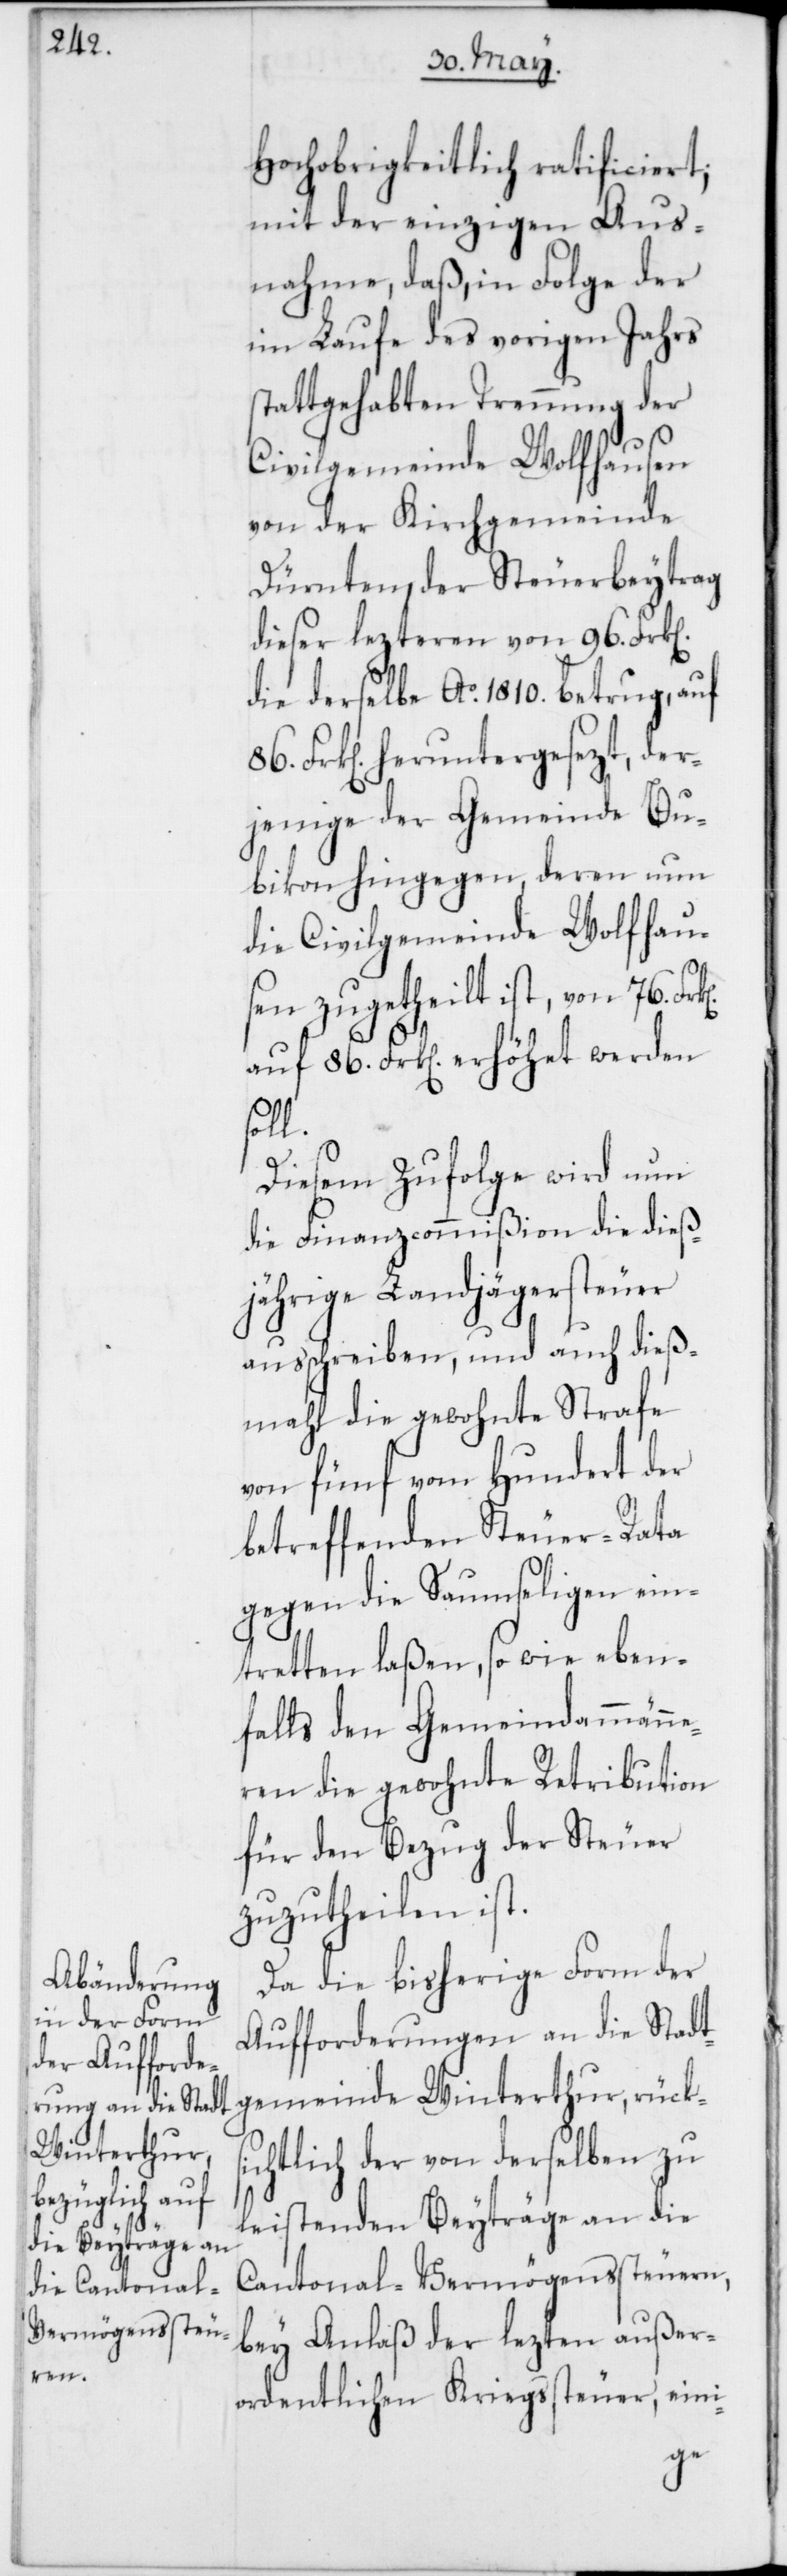
k[en].

Hochobrigkeitlich ratificiert,
mit der einzigen Aus¬
nahme, daß, in Folge der
im Laufe des vorigen Jahrs
stattgehabten Trennung der
Civilgemeinde Wolfhausen
von der Kirchgemeinde
Dürnten, der Steuerbeytrag
dieser lezteren von 96. Frk[e¬
die derselbe Ao. 1810. betrug, auf
Frk[en]. heruntergesezt, der¬
jenige der Gemeinde Bu¬
bikon hingegen, deren nun
die Civilgemeinde Wolfhau¬
sen zugetheilt ist, von 76. Fr¬
auf 86. Frk[en]. erhöhet werden
soll.
Diesem Zufolge wird nun
die Finanzcommißion die dieß¬
jährige Landjägersteuer
ausschreiben, und auch dieß¬
mahl die gewohnte Strafe
von fünf vom Hundert der
betreffenden Steuer-Rata
gegen die Saumseligen ein¬
tretten laßen, so wie eben¬
falls den Gemeindammann¬
eren die gewohnte Retribution
für den Bezug der Steuer
zuzutheilen ist.
Da die bisherige Form der
Aufforderungen an die Stadt¬
gemeinde Winterthur, rücks¬
ichtlich der von derselben zu
leistenden Beyträge an die
Cantonal-Vermögenssteuern,
bey Anlaß der lezten außer¬
ordentlichen Kriegssteuer, eini-